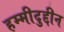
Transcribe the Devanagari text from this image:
हम्मीदुद्दीन